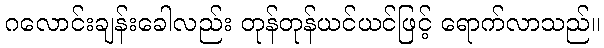
ဂလောင်းချန်းခေါလည်း တုန်တုန်ယင်ယင်ဖြင့် ရောက်လာသည်။